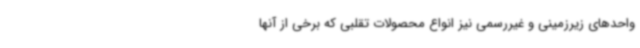
واحدهای زیرزمینی و غیررسمی نیز انواع محصولات تقلبی که برخی از آنها